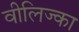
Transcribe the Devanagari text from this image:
वीलिज्का